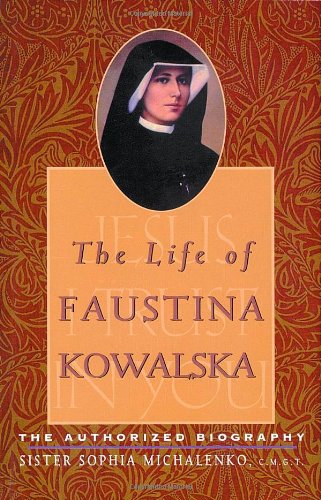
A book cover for The Life of Faustina Kowalska: The Authorized Biography; Sister Sophia Michalenko C.M.G.T.; Christian Books & Bibles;